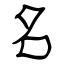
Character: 名